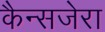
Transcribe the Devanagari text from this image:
कैन्सजेरा